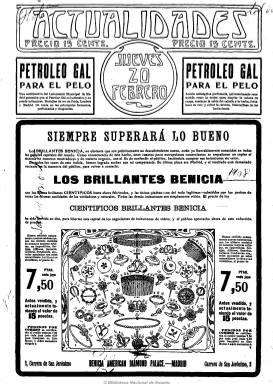
Título: Actualidades (Madrid. 1908)
Colección: Revistas de información general
Ámbito geográfico: Madrid
Lugar de publicación: Madrid
Fechas: 20/02/1908-25/05/1910

“Actualidades” es un semanario profusamente ilustrado, prototipo del fotoperiodismo español de principios del S.XX. En sus páginas la imagen no es un mero complemento de los artículos, por el contrario, la fotografía los iguala en importancia (como lenguaje alternativo) o incluso directamente sutituye a los textos. Temáticamente, encontramos información sobre sucesos, ecos de sociedad, deportes, moda…y una publicidad que posibilitaba tiradas a precios módicos (15-20 céntimos).

La corta vida de este semanario se debe a la política empresarial de la editorial Prensa Española que, por aquel entonces, ya publicaba siete títulos (ABC, Blanco y Negro, Actualidades, Los Toros, Gente Menuda y Gedeón) y que, a partir de junio de 1910, decidió integrar los contenidos de Actualidades en Blanco y Negro incluyendo en este último 16 nuevas páginas de fotografías.